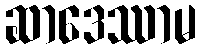
ဆာဒေဿာမ